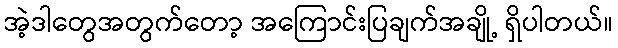
အဲ့ဒါတွေအတွက်တော့ အကြောင်းပြချက်အချို့ ရှိပါတယ်။